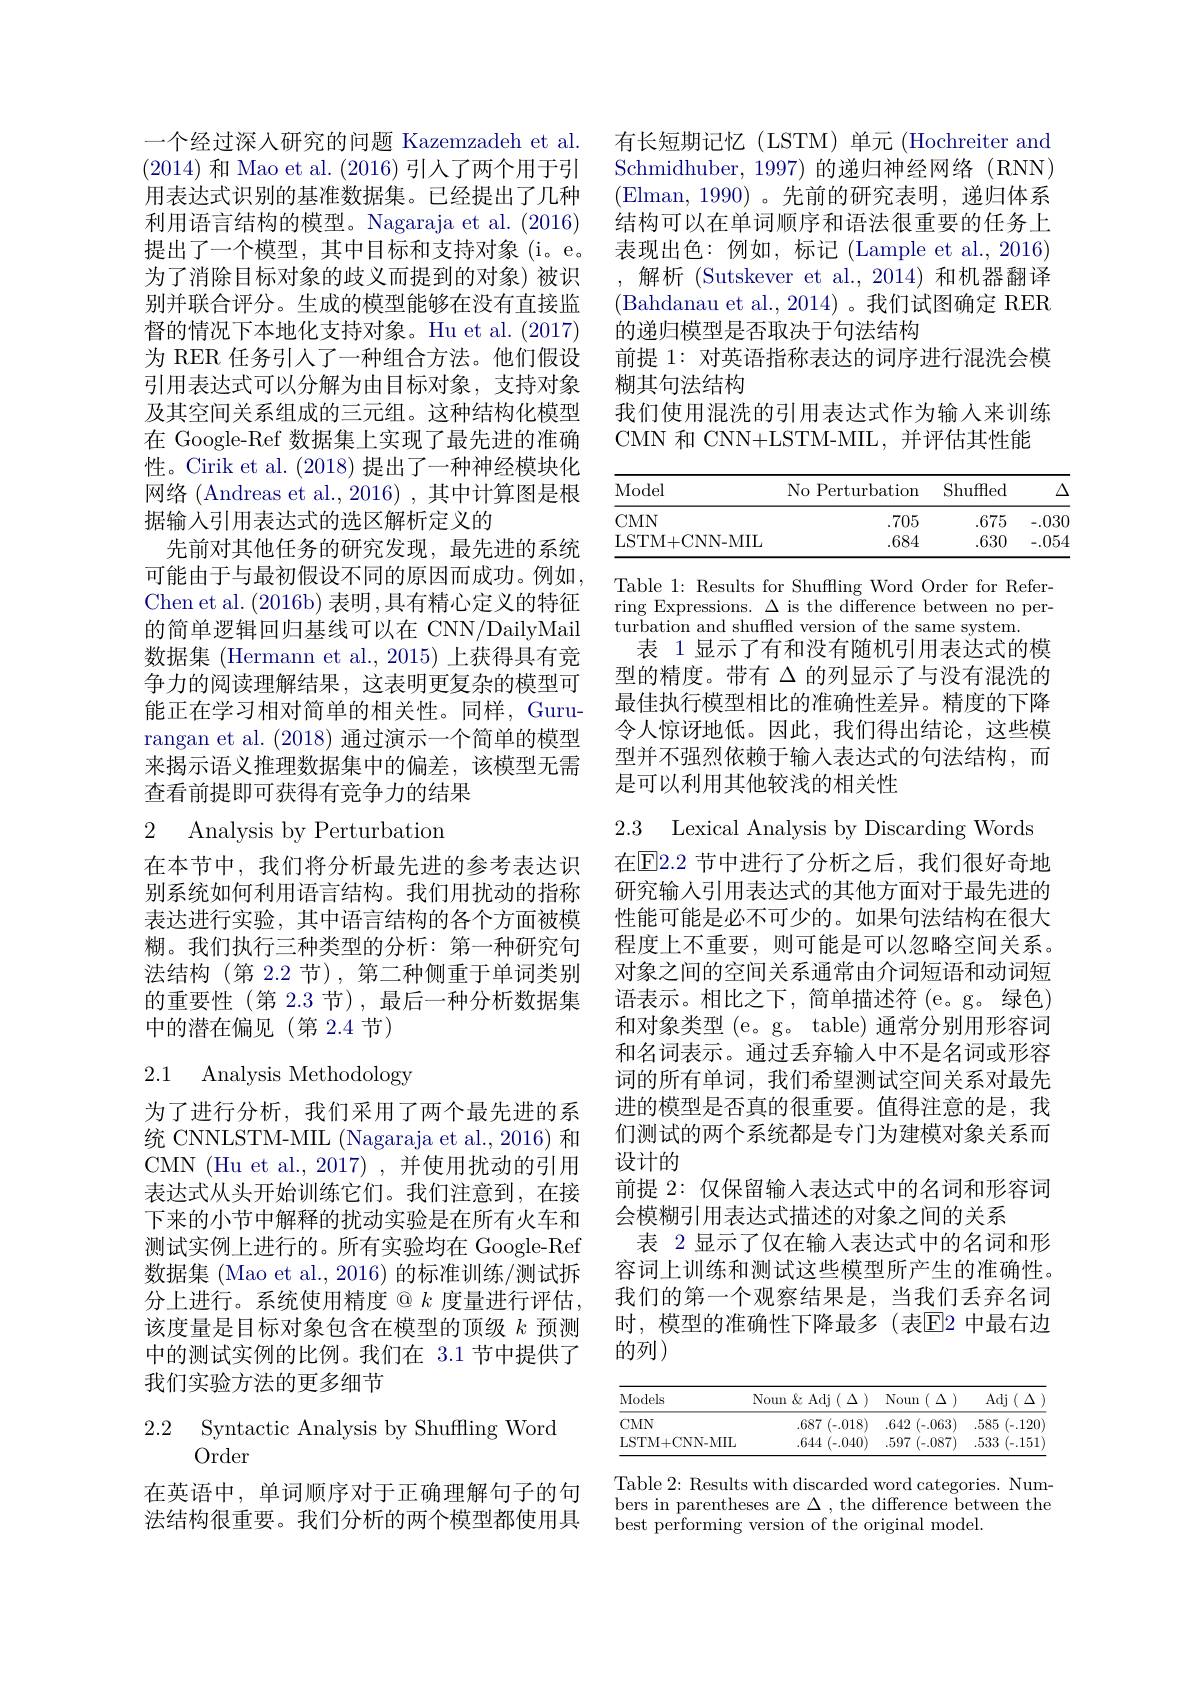
有长短期记忆(LSTM)单元(Hochreiter and Schmidhuber, 1997) 的递归神经网络(RNN) (Elman,1990)。先前的研究表明，递归体系结构可以在单词顺序和语法很重要的任务上表现出色：例如，标记(Lample et al.,2016) ,解析(Sutskever et al.,2014)和机器翻译(Bahdanau et al., 2014)。我们试图确定 RER 的递归模型是否取决于句法结构
前提 1: 对英语指称表达的词序进行混洗会模
糊其句法结构
我们使用混洗的引用表达式作为输入来训练
CMN 和 CNN+LSTM-MIL,并评估其性能

<table>
	<tbody>
		<tr>
			<th>Model</th>
			<th>No Perturbation</th>
			<th>Shuffled</th>
			<th>$\Delta$</th>
		</tr>
		<tr>
			<td>$CMN$</td>
			<td>.705</td>
			<td>.675</td>
			<td>-.030</td>
		</tr>
		<tr>
			<td>LSTM+CNN-MIIL</td>
			<td>.684</td>
			<td>.630</td>
			<td>-.054</td>
		</tr>
	</tbody>
</table>

Table 1: Results for Shuffling Word Order for Referring Expressions. $\Delta$ is the difference between no per- $\tilde{\text{turbation and shuffled version of the same system.}}$
表 1 显示了有和没有随机引用表达式的模型的精度。带有$\Delta$的列显示了与没有混洗的最佳执行模型相比的准确性差异。精度的下降令人惊讶地低。因此，我们得出结论，这些模型并不强烈依赖于输人表达式的句法结构，而是可以利用其他较浅的相关性

一个经过深人研究的问题 Kazemzadeh et al. (2014) 和 Mao et al. (2016)引人了两个用于引用表达式识别的基准数据集。已经提出了几种利用语言结构的模型。Nagaraja et al. (2016) 提出了一个模型，其中目标和支持对象(i。e。为了消除目标对象的歧义而提到的对象)被识别并联合评分。生成的模型能够在没有直接监督的情况下本地化支持对象。Hu et al. (2017) 为 RER 任务引入了一种组合方法。他们假设引用表达式可以分解为由目标对象，支持对象及其空间关系组成的三元组。这种结构化模型在 Google-Ref 数据集上实现了最先进的准确性。Cirik et al. (2018)提出了一种神经模块化网络(Andreas et al.,2016) ,其中计算图是根据输入引用表达式的选区解析定义的
先前对其他任务的研究发现，最先进的系统可能由于与最初假设不同的原因而成功。例如， Chen et al. (2016b) 表明 ,具有精心定义的特征的简单逻辑回归基线可以在 CNN/DailyMail 数据集 (Hermann et al., 2015) 上获得具有竞争力的阅读理解结果，这表明更复杂的模型可能正在学习相对简单的相关性。同样，Gururangan et al. (2018) 通过演示一个简单的模型来揭示语义推理数据集中的偏差，该模型无需查看前提即可获得有竞争力的结果

# 2 Analysis by Perturbation

在本节中，我们将分析最先进的参考表达识别系统如何利用语言结构。我们用扰动的指称表达进行实验，其中语言结构的各个方面被模糊。我们执行三种类型的分析：第一种研究句法结构 (第 2.2 节), 第二种侧重于单词类别的重要性(第 2.3 节),最后一种分析数据集中的潜在偏见(第2.4节)

# 2.1 Analysis Methodology

为了进行分析，我们采用了两个最先进的系统 CNNLSTM-MIL (Nagaraja et al., 2016) 和CMN (Hu et al., 2017) , 并使用扰动的引用表达式从头开始训练它们。我们注意到，在接下来的小节中解释的扰动实验是在所有火车和测试实例上进行的。所有实验均在 Google-Ref 数据集 (Mao et al., 2016) 的标准训练/测试拆分上进行。系统使用精度$@k$度量进行评估， 该度量是目标对象包含在模型的顶级$k$预测中的测试实例的比例。我们在 3.1 节中提供了我们实验方法的更多细节

$\begin{array}{ll}{2.2}&{\mathrm{Syntactic~Analysis~by~Shuffling~Word}}\\&{\mathrm{Order}}\end{array}$

在英语中，单词顺序对于正确理解句子的句法结构很重要。我们分析的两个模型都使用具

2.3 Lexical Analysis by Discarding Words 在$\overline{\mathrm{E}}$2.2 节中进行了分析之后，我们很好奇地研究输入引用表达式的其他方面对于最先进的性能可能是必不可少的。如果句法结构在很大程度上不重要，则可能是可以忽略空间关系。对象之间的空间关系通常由介词短语和动词短语表示。相比之下，简单描述符(e。g。绿色) 和对象类型 (e。g。table) 通常分别用形容词和名词表示。通过丢弃输入中不是名词或形容词的所有单词，我们希望测试空间关系对最先进的模型是否真的很重要。值得注意的是，我们测试的两个系统都是专门为建模对象关系而设计的
前提 2: 仅保留输入表达式中的名词和形容词
会模糊引用表达式描述的对象之间的关系
表 2 显示了仅在输入表达式中的名词和形容词上训练和测试这些模型所产生的准确性。我们的第一个观察结果是，当我们丢弃名词时，模型的准确性下降最多(表$\overline{\mathrm{E}}$2 中最右边的列)

<table>
	<tbody>
		<tr>
			<th>Models</th>
			<th>$\operatorname{Noun}\&\operatorname{Adj}(\Delta)$</th>
			<th>Noun ( $\Delta$ ) 1</th>
			<th>$Adj(\Delta$</th>
		</tr>
		<tr>
			<td>CMN</td>
			<td>7 (-.018) .687</td>
			<td>.642 (-.063)</td>
			<td>.585 (-.120</td>
		</tr>
		<tr>
			<td>LSTM+CNN-MIIL</td>
			<td>.644 (-,040)</td>
			<td>.597 (-.087)</td>
			<td>.533 (-.151</td>
		</tr>
	</tbody>
</table>

Table 2: Results with discarded word categories. Numbers in parentheses are $\Delta$ , the difference between the best performing version of the original model.